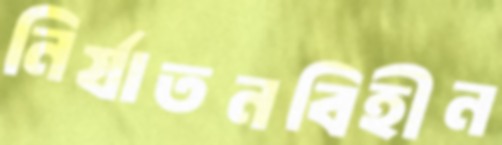
নির্যাতনবিহীন